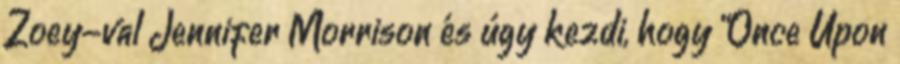
Zoey-val Jennifer Morrison és úgy kezdi, hogy “Once Upon